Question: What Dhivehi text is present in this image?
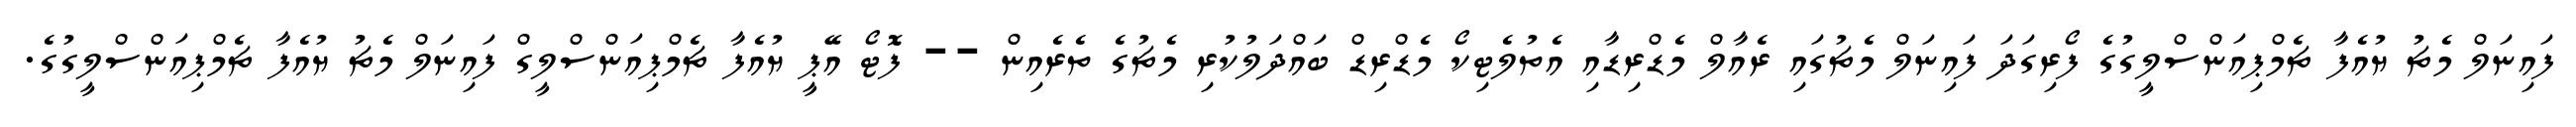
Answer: ފައިނަލް މެޗު ޔުއެފާ ޗެމްޕިއަންސްލީގުގެ ފޯރިގަދަ ފައިނަލް މެޗުގައި ރެއާލް މެޑްރިޑާއި އެތުލެޓިކޯ މެޑްރިޑް ބައްދަލުކުރި މެޗުގެ ތެރެއިން -- ފޮޓޯ އޭޕީ ޔުއެފާ ޗެމްޕިއަންސްލީގް ފައިނަލް މެޗު ޔުއެފާ ޗެމްޕިއަންސްލީގުގެ.